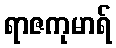
ရာဇကုမာရ်